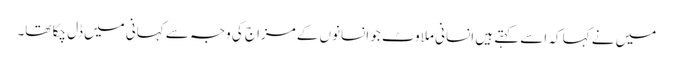
میں نے کہا کہ اسے کہتے ہیں انسانی ملاوٹ جو انسانوں کے مزاج کی وجہ سے کہانی میں ڈل چکا تھا۔